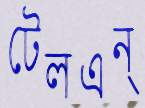
টেলএন্